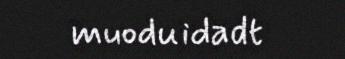
muoduidadt